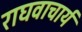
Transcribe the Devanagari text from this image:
राघवाचार्य